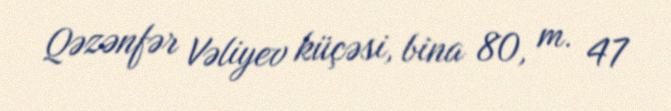
Qəzənfər Vəliyev küçəsi, bina 80, m. 47